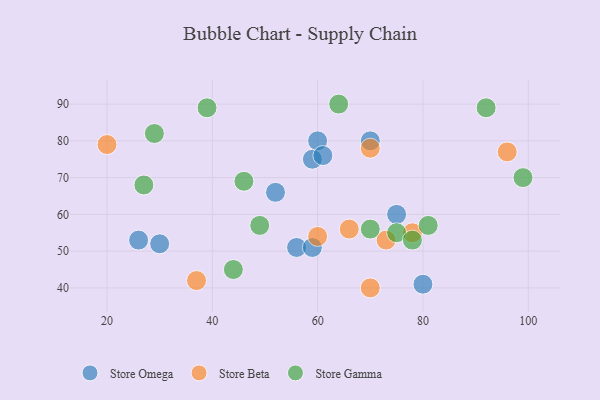
{"axis": {"x": "GDP", "y": "Life Expectancy"}, "legend": ["Store Beta", "Store Gamma", "Store Omega"], "data": [{"x": "56", "y": 51, "type": "Store Omega"}, {"x": "52", "y": 66, "type": "Store Omega"}, {"x": "60", "y": 80, "type": "Store Omega"}, {"x": "26", "y": 53, "type": "Store Omega"}, {"x": "59", "y": 75, "type": "Store Omega"}, {"x": "75", "y": 60, "type": "Store Omega"}, {"x": "61", "y": 76, "type": "Store Omega"}, {"x": "30", "y": 52, "type": "Store Omega"}, {"x": "70", "y": 80, "type": "Store Omega"}, {"x": "59", "y": 51, "type": "Store Omega"}, {"x": "80", "y": 41, "type": "Store Omega"}, {"x": "37", "y": 42, "type": "Store Beta"}, {"x": "70", "y": 40, "type": "Store Beta"}, {"x": "66", "y": 56, "type": "Store Beta"}, {"x": "60", "y": 54, "type": "Store Beta"}, {"x": "70", "y": 78, "type": "Store Beta"}, {"x": "73", "y": 53, "type": "Store Beta"}, {"x": "96", "y": 77, "type": "Store Beta"}, {"x": "78", "y": 55, "type": "Store Beta"}, {"x": "20", "y": 79, "type": "Store Beta"}, {"x": "75", "y": 55, "type": "Store Gamma"}, {"x": "64", "y": 90, "type": "Store Gamma"}, {"x": "78", "y": 53, "type": "Store Gamma"}, {"x": "49", "y": 57, "type": "Store Gamma"}, {"x": "29", "y": 82, "type": "Store Gamma"}, {"x": "99", "y": 70, "type": "Store Gamma"}, {"x": "27", "y": 68, "type": "Store Gamma"}, {"x": "70", "y": 56, "type": "Store Gamma"}, {"x": "46", "y": 69, "type": "Store Gamma"}, {"x": "39", "y": 89, "type": "Store Gamma"}, {"x": "81", "y": 57, "type": "Store Gamma"}, {"x": "44", "y": 45, "type": "Store Gamma"}, {"x": "92", "y": 89, "type": "Store Gamma"}]}